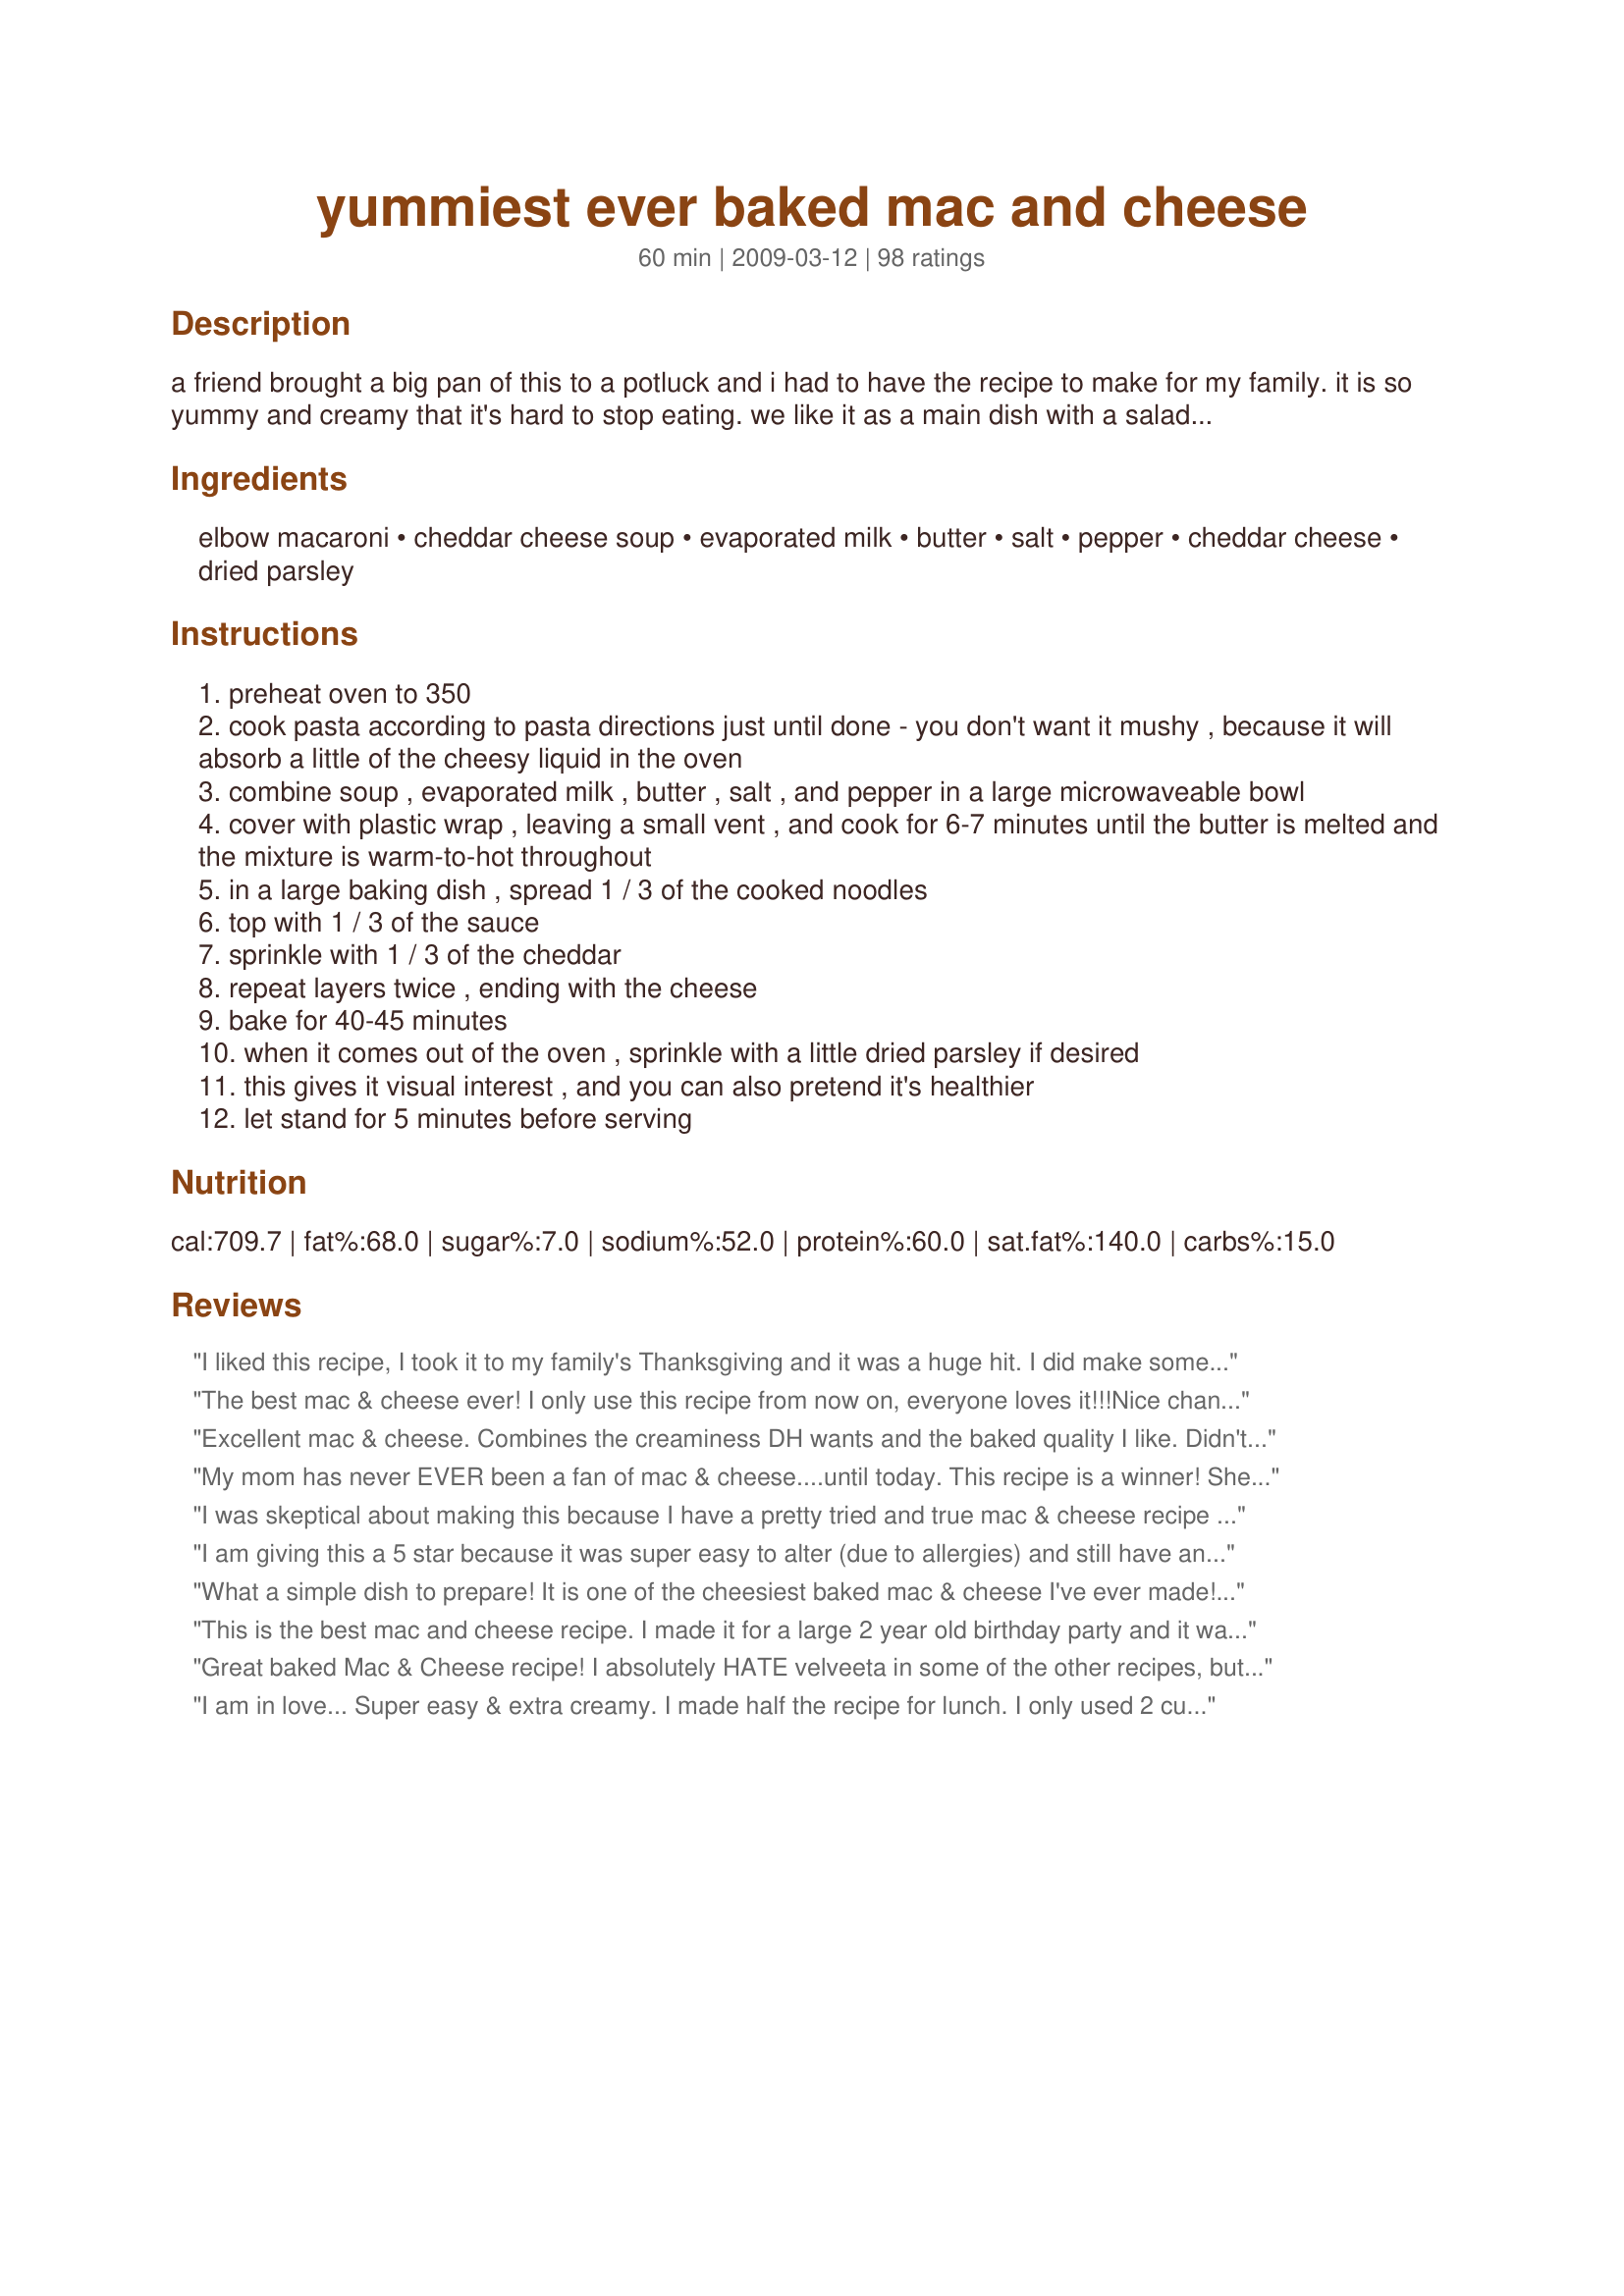
yummiest ever baked mac and cheese
Preparation time: 60 minutes

a friend brought a big pan of this to a potluck and i had to have the recipe to make for my family. it is so yummy and creamy that it's hard to stop eating. we like it as a main dish with a salad, but you could serve it as a scrumptious side dish. these are directions for the full batch which will serve a crowd. it halves easily.

Ingredients:
elbow macaroni, cheddar cheese soup, evaporated milk, butter, salt, pepper, cheddar cheese, dried parsley

Steps:
preheat oven to 350
cook pasta according to pasta directions just until done - you don't want it mushy , because it will absorb a little of the cheesy liquid in the oven
combine soup , evaporated milk , butter , salt , and pepper in a large microwaveable bowl
cover with plastic wrap , leaving a small vent , and cook for 6-7 minutes until the butter is melted and the mixture is warm-to-hot throughout
in a large baking dish , spread 1 / 3 of the cooked noodles
top with 1 / 3 of the sauce
sprinkle with 1 / 3 of the cheddar
repeat layers twice , ending with the cheese
bake for 40-45 minutes
when it comes out of the oven , sprinkle with a little dried parsley if desired
this gives it visual interest , and you can also pretend it's healthier
let stand for 5 minutes before serving

Reviews:
I liked this recipe, I took it to my family's Thanksgiving and it was a huge hit. I did make some changes, I didn't use condensed milk, instead I used 2% milk. I also added 1/2 of a red onion, some garlic and bread crumbs. It worked out well and I will be making it for a main dish later this week.
The best mac & cheese ever! I only use this recipe from now on, everyone loves it!!!<br/>Nice change to the old Velveeta mac & cheese....
Excellent mac & cheese. Combines the creaminess DH wants and the baked quality I like. Didn't have any evaporated milk so had to make my own (2/3 cup powdered milk in 3/4 cup hot water). Added a little mustard and no extra salt.
My mom has never EVER been a fan of mac & cheese....until today. This recipe is a winner! She went back for seconds and told me I will have to make this for Thanksgiving!! With other recipes I had leftovers. There was only enough for me to have for lunch tomorrow!! I had all the ingredients but didn't have evaporated milk so I just added a splash of 2% and it turned out yummy and delicious!! Definitely a keeper.
I was skeptical about making this because I have a pretty tried and true mac & cheese recipe myself. However, I gave it shot because it seemed much easier than my own. 

I used 16 oz of elbow macaroni, 2 cans of soup, 1 can of evaporated milk, 2 cups of cheese, 1/2 a stick of butter, and I increased the spices just a bit. Wow! It came out so delicious! I only baked it for 20 minutes and it was bubbly, golden-brown, and awesome. I think I'll increase the spices a little bit more next time, but otherwise, it was great. One note: I'm not sure how on Earth this would be if it was made with the full amount of sauce and cheese. Mine was plenty cheesy/creamy and would have been insane if I'd used the full 6 cups of cheese.
I am giving this a 5 star because it was super easy to alter (due to allergies) and still have an amazing consistency and flavor. I followed the recipe exactly with 3 exceptions: instead of cheddar soup I added an extra 2 cups of cheese (but honestly could have been fine without it), I used 4 cheese mexican cheese because that was all I had on hand, and I didn&#039;t bake it, I just mixed it with the noddles once the cheese sauce was done. (I had hungry kid :)). Turned out amazing!!
What a simple dish to prepare! It is one of the cheesiest baked mac & cheese I've ever made! My DD thinks she'd like breadcrumbs on top next time but we all loved the flavors as is too! I could see adding some chopped broccoli too just for a change. Followed your instructions exactly without subbing anything! Thanks for a winner of a casserole! Made for Zaar Stars tag game!
This is the best mac and cheese recipe. I made it for a large 2 year old birthday party and it was a hit with the adults and children!
Great baked Mac & Cheese recipe! I absolutely HATE velveeta in some of the other recipes, but this is to die for! 6 cups of shredded cheese was a bit much for us, so I covered it with a light sprinkle of cheese and it was delicious! This is in my cookbook! Thanks for posting!
I am in love... Super easy & extra creamy. I made half the recipe for lunch. I only used 2 cups of sharp cheese & I added 1/2 tsp of Season-All salt. Made for Zaar Stars Tag
Best mac and cheese recipe I've tried. Super easy and quick. Everyone loved it, but two out of five thought it could be a little cheesier taste wise. I used sharp cheddar. Wish the recipe stated how many ounces of cheese instead of cups, a finer grate would be less than a thicker grate per cup, mine was about medium. Next time I'll add more, maybe a little velveeta, or dry mustard? Half the recipe fed 5 with a little left over. Used half & half instead of canned milk. <br/>Can't wait to try it again, with tweaks for my family's preferences.
Easy peasy!
This recipe is sooooo easy to make and sooooo good. I made a double recipe for my four year old's birthday party and it was gone in no time flat. I can't say enought about this. The only thing I added (post cooking) was hot sauce to my own servings. Thanks for the recipe!
Not a Mac
Very easy and yummy
This truly is an amazing Mac &amp; cheese recipe! If you are like me, I have been in search of the perfect recipe for years and I found it. You will not be disappointed! I made this for the first time on Thanksgiving and had nothing but rave reviews, my sister and law and husband said they could have just eaten just the macaroni and cheese and been very happy. This recipe was easy, quick, tasty and delicious. Thank you for sharing it!
This was sooooo good! My family ate it up.
This was a great recipe, but since I don't eat canned food, I replaced the 2 cans of cream of cheddar with 1 cup of heavy whipping cream. I also added 1 tsp of dry mustard to the sauce and 2 eggs to help it set since I ommited the canned chedar.<br/>I used freshly grated Dubliner cheddar as my cheese of choice and it was the best mac & cheese I ever made. I shared it with friends who unexpectedly stopped by and they all loved it too. Yummy!
My husband and I thought this was delicious ! I halved the recipe using 1 stick of butter and 3 cups of extra sharp cheddar cheese. This is a keeper. Thank you !
This is best mac & cheese recipe I had ever made. I don't like the ones that are all cheddar cheese, and am usually stuck making a velveeta recipe, but never really loved that either. This is now the only mac & cheese I will make! It cooked up very casserole like, but still very gooey & cheesy - it was just great! I made half a recipe, and cut the butter and shredded cheese back a bit (maybe 3 T butter & 2 cups shredded cheese).
This is not good at all. It is way too wet and doesn't resemble a stickier baked mac and cheese like I prefer. The flavor is very simple and strong and not good at all. I made it for Thanksgiving and about 5% got eaten and the rest thrown in the trash :(
I wanted to like it, but it was awful. It tasted like plastic to me. I followed the recipe exactly and no one in my family would eat it. I have made lots of variations of mac and cheese, and this just didn't cut it. I really don't like using the combination of cheddar soup and the milk.
Wow! Great Mac & Cheese. Easy & Delicious. Went like gangbusters at yesterdays family reunion. This is the recipe that I will be using from now on. Thank you.
My family loves this homemade mac and cheese. I had never made this dish and I&#039;m so glad I did. It&#039;s perfect for potlucks and parties with kids. I halved the recipe since it was for a side dish but found that I needed an entire 1 lb box of noodles (I used medium shells). It was creamy, cheesy and the top was that yummy baked cheese crust! I added about a 1/3 cup of parmesan to the top for our personal taste. I stuck with the recipe for everything else. We had some left overs which I ate for lunch the next day ( I love this so much). One thing I felt I would do differently next time is be sure to serve right away just after the 5 min cool down. It is creamy but begins to thicken after 10 min and I think my first taste (hot out of the oven) was better than 10-15 min later on my plate. Thank you for sharing!
Delicious! I made this for lunch today. Quick and easy to put together. I agree with Nimz, this is absolutely the best Mac and Cheese! I did make one small change - I didn't realize I was out of cheddar cheese soup so used Broccoli Cheddar Soup and rotini pasta the flavor was wonderful! Thanks appley! I will make this again! Made for Every Day is a Holiday!
Excellent! Even my picky teen liked it and had leftovers several times after, which she usually doesn't do. I used an 11 x 15 baking dish and 1 1/2 pounds of elbows, keeping the liquids and cheese the same. It worked fine.
Tried this for Thanksgiving this year instead of my "usual crockpot mac and cheese" and it was a hit! I only used 4 cups of shredded cheese and it was still excellent!
Decent, but yummiest ever is a really far stretch.
This tasted good but had waaay too much cheese. I think it would be better and less gloppy with about half that much. Still, about half of the casserole got eaten when I brought it to football. Next time I&#039;ll use a different recipe or reduce the cheese.
Best recipe ever. The changes I made were to use a tray of Cabot variety cheese squares. It has 4 cheeses including pepper jack, which gives it a bite. I add ham steak cubes omitting the salt and I mix everything all together instead of layers. I also add a dash of crushed red pepper. I use panko Italian bread crumbs generously on top.
Wanted to test this recipe after reading it after so many 5 star comments! Well I made it tonight and it really is the bet mac n cheese I've made ever! It reminds me of the mac n cheese you would get in a cafeteria style restaurant which reminds me of my childhood. I halved this recipe and only used 4 tbls of butter and less than 2 cups of cheddar cheese and it was PLENTY cheesy. Very, Very good!
so YUMMY! Me and my family loved it and will make it again and again.
I took this to a pot-luck and people are still raving!
This was sooo good, and very very easy, I like this version over my auntie's and my grandma's... I can't wait to make it for our next family gathering...
Had to make this for a bunch of hungry college kids--11 of them demolished the whole recipe in about 15 minutes along with the beans and meatloaf. It got 5 stars from them!
I have made this maybe 20 times in the past few years. My family loves it, and its a hit at potlucks. I have added onions before, changed cheeses constantly to get rid of cheese getting too old, tried buttered breadcrumbs on top...it never goes wrong, its just simple and delicious. Its is perfect just as directions go, but easy to sub or add to, even ham. Thanks for one my fams top 10 recipes!!
Got many compliments at work potluck. Added some diced ham. Great!
I will never use another mac & cheese recipe. I made this for my daughter's grad party. It went so quickly, she didn't even get any. The pan was scraped clean. I used Cavatappi instead of elbows. They hold the sauce better. Never thought I'd use cheese soup in mac & cheese. This was rich, creamy & gooey.
In a word, yum. I love me some mac and cheese and this certainly was a hit. I can&#039;t give it the full five stars, however, because the sauce was more trouble than it was worth. Could probably be done easier. But overall, it doesn&#039;t affect the taste and there&#039;s a TON of cheesy goodness to go around.

Suggestion: medium shell pasta works really good with this recipe! I recommend you try it.
I used macaroni shells instead of elbow macaroni, it worked quite well. This mac and cheese has amazing flavor! It has also sparked full-on debates among my friends between the professional cooks and well, everybody else. My boyfriend (professional cook at a restaurant) calls it a "broken" mac and cheese, and that it is not "proper" because it is not made with a roux. I'm still not entirely sure what he means by it being broken, but making a roux is a pain in the you know what...I think he's just mad that everybody likes my mac and cheese (well, THIS mac and cheese) better than his. Several of my friends have said this is the best mac and cheese they have EVER had. One even wrote a poem about it. I highly reccomend this recipe.
This was simply amazing! I made this for Thanksgiving dinner for 22 people and everyone gobbled it up and complemented this amazing dish. Thank you so much for sharing.
Pretty yummy! I topped mine with bread crumbs that I had in the fridge. Came out delish! Also I used Gouda cheese (only one I had on hand) and it really came out creamy.
We love this recipe and make additions to it all the time! My family isn't big on ham so I pop in sliced smoked sausages. I would love it with diced ham and tomatoes!
I was hoping this would be as good as everyone is making it sound, but it was just alright IMO. It needs more spices i think.
This was really yummy. Not rating it because of the health factor...but otherwise it was great! Thanks for sharing!!!
This dish was ok. I don't think anyone loved but no one hated it either. I might make it again but I would rather find a creamier recipe.
First reviewed 5/26/11. Very savory, and so easy! DH was very pleased. I made half a batch, which filled my smaller Pyrex casserole dish nicely. I used broccoli cheese soup and sharp cheddar cheese and adored this combination of spices. Next time I will make with fat-free evaporated milk and Olivio instead of butter. Thank you for posting this recipe, appleydapply! UPDATE: 5/07/12 - family has decided that this is the dish I must bring to every Pot Luck occasion; just don't go crazy just before checking your cholesterol...
Oh man! DH said he could live off this! So Tasty, will make again.
Just made this for dinner tonight- Yummo! The only thing that I did differently was: I didn't have two cans of cheddar cheese soup so instead I used 1 can of cheddar cheese soup and 1 can of nacho cheese flavored soup. It gave the mac and cheese and really good kick. Thanks for the great recipe!
Made this last night for my family and my parents. It was a huge hit! I added the bread crumbs as the recipe didn't call for it. I thought it only added to how great it would've tasted even if I didn't add them!
I had a can of cheese soup that needed used, so I found this recipe. Very good mac n cheese! The kids loved it! Thanks!
We enjoyed just a small serve of this delicious dish tonight as we'd already eaten a bowl of Recipe #210213. I made the full quantity but cooked it in several smaller dishes that can go from freezer to oven - and oven to freezer, once cooled, of course! I couldn't locate cheese soup (I don't actually recall ever having seen it) so I used two cans of mushroom soup and one can of chicken soup. Thinking mushrooms, I couldn't resist adding some, so I sauteed some sliced mushrooms, onion, garlic and thyme and combined this with the cooked pasta. I used low-fat evaporated milk and 3 cups of cheddar and 3 cups of mozzarella. A yummy recipe and we going to enjoy accessing our freezer supply: thanks for sharing it, appleydapply. Made for 1-2-3 Hit Wonders.
This was more than yummy as advertised. The only thing I altered was we had extra beef franks so those were sliced up and added. We also only did a 1/2 batch which was perfect for a small main dish dinner. Next time I'll be cutting the butter down slightly, it was greasier than I like to look at.
Made this for a BBQ for about 50 people. Made 2 batches. Big hit.
Excellent. I think this is the best homemade Mac and Cheese I've made thus far. Very creamy and flavorful. I made half the recipe and used non-fat half-and-half for the evaporated milk and it worked out great. thanks so much for sharing your recipe. :)
I was looking for a good baked mac and cheese recipe to use as a side dish for my daughter's team dinner. I made this recipe as written twice (I had 25 high school girls coming for dinner). I did add about a teaspoon of granulated garlic. It was AMAZING!!!! Girls kept coming back for more. Super easy and delicious. Glad I doubled the recipe! Thanks for sharing!
Love all the cheese and pasta! Uncomfortable with adding "canned soup" to any quality recipe. Not what the kids were hoping for. Think I'll they Richest Creamiest Mac and Cheese next time.
Me & My SisterLOVE LOVE LOVE this recipe and so do all our kids from age 6 to 1
I've never made homemade baked macaroni and cheese before and was intimidated when asked to make it for Thanksgiving dinner. The recipe was very simple to make, although I messed up my layers and only did 2 instead of 3. I also topped with Italian seasoned bread crumbs before baking. This recipe did not fail, and was in fact, a HUGE hit. I was even questioned on if I actually made this myself instead of a restaurant. Lol! This recipe is definitely a keeper and lives up to it's name! Thank you for sharing.
I added leftover ham and got rave reviews from all the men in my family! Since my sister got sick they&#039;ve had three other baked mac and cheese meals dropped off and my brother-in-law said this was the only one with any flavor! My dad loved it and my husband even complimented the leftovers he got!!! I also used shredded colby jack cheese instead of the cheddar...&lt;br/&gt;Thanks so much for the crowd pleaser!!!
Absolutely fabulous recipe!
Easily the EASIEST and best tasting Mac and cheese I've ever had! I share this recipe with whoever asks for it, and everyone wants it!
So yummy! Replaces my &quot;tried and true&quot; homemade macaroni and cheese. Added some left over diced up ham and my family was in heaven!
This turned out so good! I did make some changes, much less butter (maybe 4tbl), 1pt half and half, 4c cheese, and a bunch of spices. And I mixed it all together in a pot before pouring it into my casserole pan so all the gooey goodness would get inside the noodles too. And the best part, it reheated well! Sure a little greasy coating around the bowl, but no puddles of grease on the noodles. Yummy :)
This was very bland, and not creamy at all. It's like a dense casserole.
This was delicious! Hubby wanted some homemade mac and cheese so I made this tonight and it was just what he had in mind. I used sharp cheddar and halved the recipe. I would definitely make this again!
Best we have found thus far! Much better than the Paula Dean recipe I've been using for the past 3-4 years.
Simply the best.
My husband wanted REAL mac and cheese for dinner and I sort-of randomly selected one from the millions on here. I do have to say that I was getting rave reviews and my husband told me to put this on the "Regular" list. Very easy to make and yummy too! Thanks for sharing!
I had been looking for a delicious and simple baked mac & cheese recipe for a long time. I FOUND IT!! This recipe is EXELLENT, I made it exactly as written and served some stewed tomatoes on top, it was Awesome. I will definitely make it again and would highly recommend it. Thanks for the great recipe!
I made half the sauce and used the full 1 lb of elbows for this recipe. It worked out wonderfully. I also mixed the elbows in with the sauce, then layered the casserole with the cheddar in the middle and on top. It was done in just 25 minutes and we all enjoyed it very much. I plan on using the leftovers to make Recipe #275813. Thanks for sharing a terrific recipe. :)
My Daughter made this when we visited. It was the best my husband and I have ever had, and he is a Mac and cheese King. I now make this version and love it. Add some chunks of ham to make the experience a little more Yummy
This recipe rox! It really did make very creamy mac and cheese like if you made a traditional roux. I made it for a work potluck a couple months back and it was a hit. Many went for seconds.<br/><br/>The only thing I did differently is that I heated up the cheese in the cheddar cheese soup and then mixed it up with the macaroni and sprinkled more cheese on top. Came out great!
This recipe is AMAZING!! I work at an amusement park in entertainment and I make this for our potluck every week. Everyone loves it! I always double the recipe tho and I add some smoked paprika to give it a deep smokey flavor. So yummy and perfect...ham is a great stir in too for a more hearty meal mmmmmmm <3
This is definitely a keeper! Every year for Christmas Eve, I make my grandmother&#039;s chicken casserole. This recipe has become part of that tradition and goes wonderfully with it. My family loves it....and the leftovers don&#039;t last long! I use the nacho cheese soup and a variety of shredded cheddar cheese.
I made half a recipe and cooked it in a 2 qt. casserole dish. It fit perfectly. I have made it with fat free evaporated milk, low carb pasta and fit and active cheese. Like most things, it isn&#039;t as good as the original, but still good and I don&#039;t feel as guilty about serving it to my family. Served with homemade chicken nuggets and steamed broccoli.
So fast sooooo good!
HUGE HIT! constant request to bring it again!
Delicious and super easy! I have a great recipe that never fails me, but wanted something easier, less steps, but yet would taste just as good, and this recipe fits the bill. Thank you for sharing!
This recipe was awesome. The end result was creamy and super flavorful. I accidentally grabbed mild cheddar cheese instead of medium or sharp, but it still came out excellent. I bought a 3lb block and used almost the whole thing in a half recipe. I think this will replace the recipe my wife normally uses for family get togethers. It was really good. Thanks for posting it.
one word awsome . the whole family loved it. it was the hit of easter dinner
Hands down the best ever homemade mac and cheese. I've tried a few other recipes but always come back to this one. Easy, adaptable and delicious! Made it most recently with a blend of colby jack and mild cheddar, topped with crushed Ritz. Flipping delectable! Make it!
Wicked Good !!! Easy To Make ; Everyone Loved IT ! Comfort Food at its Best!!
Easily 5 stars, very creamy and full of flavor. I used the %u201CKraft with a touch of Philadelphia 3 cheese blend%u201D and it turned out awesome. The longer you let the dish set after removing from the oven, the better chance it will have time to set and you can serve it like lasagna. If you serve it right away the creaminess doesn%u2019t allow it to hold its shape and it%u2019s better served in a bowl. <br/><br/>5 stars- best mac and cheese ever!!!
I made this recipe for two parties. It got rave reviews.
I made this tonight exactly as written. I was a bit let down. This recipe tasted like something of expect from a cafeteria. It was not bad, just very bland.
YUMMMMMMMY! I love this recipe! It is so easy and so good! Thanks so much!
Love this recipe! I did need to use half n half because I forgot to buy the evaporated milk, but it was really delicious! I baked mine for one hour at 325 since oven ws in use at that temp, and it turned out great. I will be using this recipe all the time. Thanks for posting!
I didn't have the ingredients for my normal mac n cheese and figured I'd try this. I used Nacho cheese soup since that's what I had. SOOOOooo boring and just kind of bland tasting and that's WITH a more flavorful soup. I would have been better just swinging it on my own. Sorry. Just wasn't for me...but my dogs were happy they got all the leftovers.
I have been searching and searching and searching for the quintessential mac and cheese recipe. This one is it, folks. Look no further. Thanks so much for posting this!
Cheese lovers unite! This is a very easy and cheesy mac & cheese recipe. I halved the recipe and used the 1 can of cheddar cheese soup. I think next time, if halving the recipe, I'll still use 2 cans of the soup because we love that creamy texture with our mac & cheese. Thanks for sharing a winner!
This recipe is so good that my youngest has requested it for her birthday dinner
Finally, a mac and cheese recipe that I can make. I have always had inconsistent results making mac and cheese the traditional way. After trying this recipe I can now add Mac and Cheese to my list. This recipe is beyond easy. I made for a crowd of 60 and everyone came back for seconds. I mix sharp, mild and Coby cheese and did cut back on the total amount of shredded cheese( did it to my liking) and it came out great. Thank you so much for this recipe.
Yum-E!! I've made other - more time consuming homemade mac and cheese recipes which my kids wouldn't eat because it didn't taste like "real mac and cheese." I was pressed for time and made this for a soccer party - not only did all the kids love it, but the parents did too! I took home (what little) leftovers there were, and heated them up for my kids. Just as good the next day! <br/><br/>I made it just as is, heated 30 minutes in the oven at home, and 15 at the host's house. Perfect. Thanks for a staple recipe.
Husband loves it! Even better on 2nd day.
I made this last night and it turned out very tasty and hearty. I was sceptical about using evaporated milk (this has got to be the first time I&#039;ve ever bought it!) but the flavours came together quite nicely and the texture and consistency were spot on. Just like one of the reviewers, I mixed the pasta and the sauce before transferring them into the baking dish rather than layering. The recipe makes A LOT, next time I will make half for just my husband and I, but it&#039;s good to know it can feed a crowd and now I have dinner for the next few nights:) The only improvements my husband mentioned were using more black pepper, and he also drizzled some Frank&#039;s Hot Sauce on his, so he asked to put a bit of cayenne in the recipe next time, but that&#039;s our preference. Excellent recipe overall!
Seriously delicious - comfort food made just right! I followed the recipe EXACTLY. I really had my doubts about this (despite 27 five star reviews...) - it just sounded too simple and cheese soup???? Well now I say ABSOLUTELY cheese soup! Six cups of cheese sounded like a lot, but honestly it really was perfect. Bringing it to a potluck tonight and know it will be a HUGE hit. Thanks for the recipe it has made my VIP list and I plan on bringing it to the potluck I have next weekend too!!!
Yummiest Ever! Best Mac and Cheese recipe I have tried, made it for a crowd and everyone wanted more. I made one small adjustment, mixed the cheese mixture with the cooked noodles and then topped with cheese. Made it a little easier, and was delicious!
